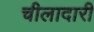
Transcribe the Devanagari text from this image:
चीलादारी